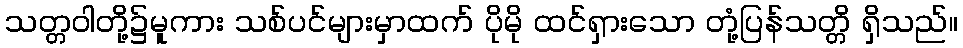
သတ္တဝါတို့၌မူကား သစ်ပင်များမှာထက် ပိုမို ထင်ရှားသော တုံ့ပြန်သတ္တိ ရှိသည်။